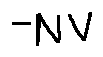
- N V